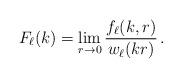
LaTeX: \begin{align*}F_\ell(k) = \lim_{r\to 0}\frac{f_\ell(k,r)}{w_\ell(kr)}\,.\end{align*}